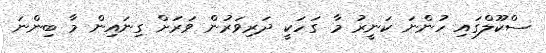
ސްކޫލްގައި ހުންނަ ކަނީރު މާ ގަހަކީ ދަރިވަރުން ވަރަށް ގިނައިން މާ ބިންނަ